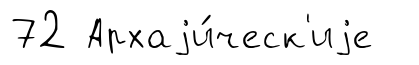
72 Архаjи́ческ'иjе